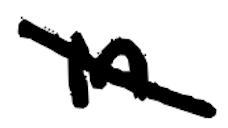
Text: in
Cross-out: mix
Writing tool: digital_black